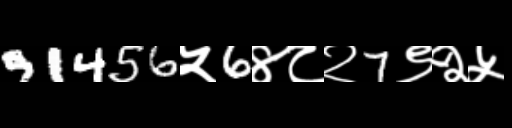
Text: 91456५6४८२7९२५